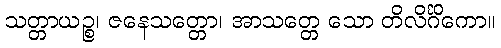
သတ္တာယဉ္စ၊ ဇနေသတ္တော၊ အာသတ္တေ သော တိလိင်္ဂိကော။